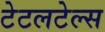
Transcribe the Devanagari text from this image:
टेटलटेल्स